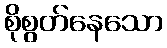
စိုစွတ်နေသော